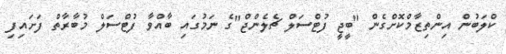
ކްލަބުން އިންތިޒާމްކޮށްގެން "ބީޖީ ފުޓްސަލް ޗެލެންޖް"ގެ ނަމުގައި ބާއްވާ ފުޓްސަލް މުބާރާތް ފަށައިފި